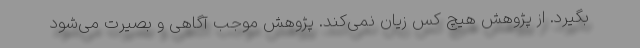
بگیرد. از پژوهش هیچ‌ کس زیان نمی‌کند. پژوهش موجب آگاهی و بصیرت می‌شود